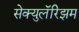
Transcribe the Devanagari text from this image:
सेक्युलॅरिझम